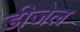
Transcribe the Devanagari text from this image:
डीजेल